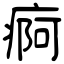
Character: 痾